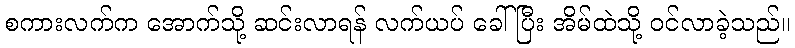
စကားလက်က အောက်သို့ ဆင်းလာရန် လက်ယပ် ခေါ်ပြီး အိမ်ထဲသို့ ဝင်လာခဲ့သည်။